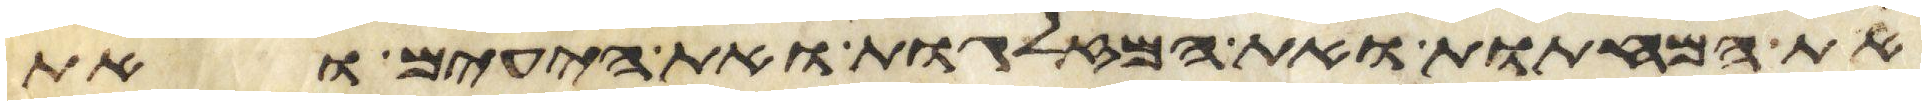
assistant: את המחתות ואת המזלגות ואת היעים ואת